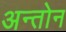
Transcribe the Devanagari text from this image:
अन्तोन